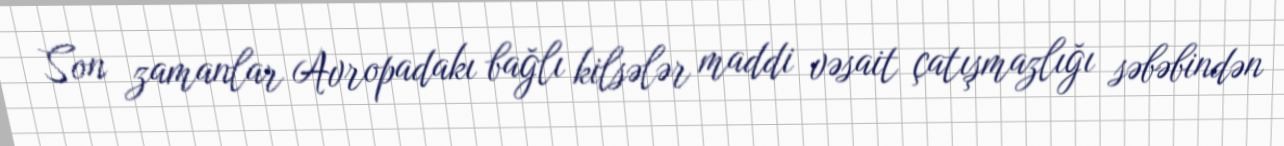
Son zamanlar Avropadakı bağlı kilsələr maddi vəsait çatışmazlığı səbəbindən